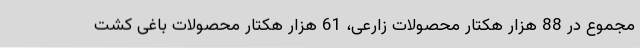
مجموع در 88 هزار هکتار محصولات زارعی، 61 هزار هکتار محصولات باغی کشت